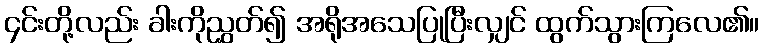
၄င်းတို့လည်း ခါးကိုညွှတ်၍ အရိုအသေပြုပြီးလျှင် ထွက်သွားကြလေ၏။